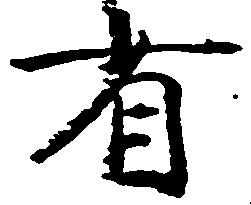
省